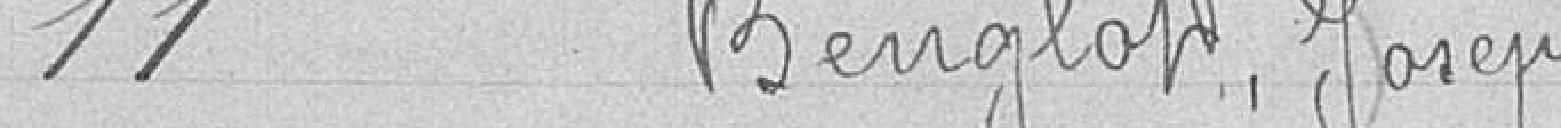
11 Benglot, Joseph